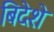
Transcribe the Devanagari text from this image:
बिदेशे